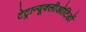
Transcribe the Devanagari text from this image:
टेट्रान्यूक्लीओटिडों